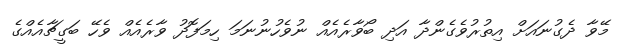
މޭވާ ދެގުނައަށް އިތުރުވެގެންދާ އަދި ބޯވާރެއެއް ނުވެހުނުނަމަ ހިމަފޮދު ވާރެއެއް ވެހޭ ބަގީޗާއެއްގެ